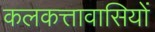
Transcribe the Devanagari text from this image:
कलकत्तावासियों